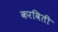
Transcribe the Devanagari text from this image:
करविती